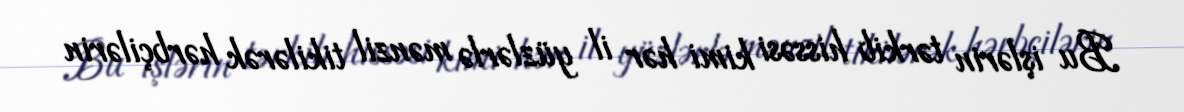
Bu işlərin tərkib hissəsi kimi hər il yüzlərlə mənzil tikilərək hərbçilərin